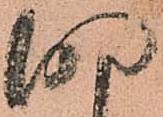
明